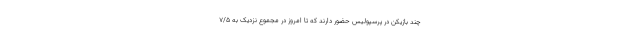
چند بازیکن در پرسپولیس حضور دارند که تا امروز در مجموع نزدیک به ۷/۵